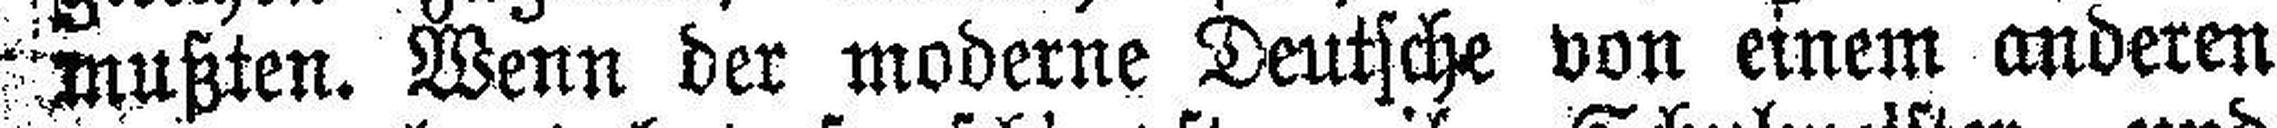
mußten. Wenn der moderne Deutsche von einem anderen